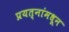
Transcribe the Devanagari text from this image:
प्रयत्‍नांमधून